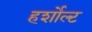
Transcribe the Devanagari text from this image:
हर्शोल्ट